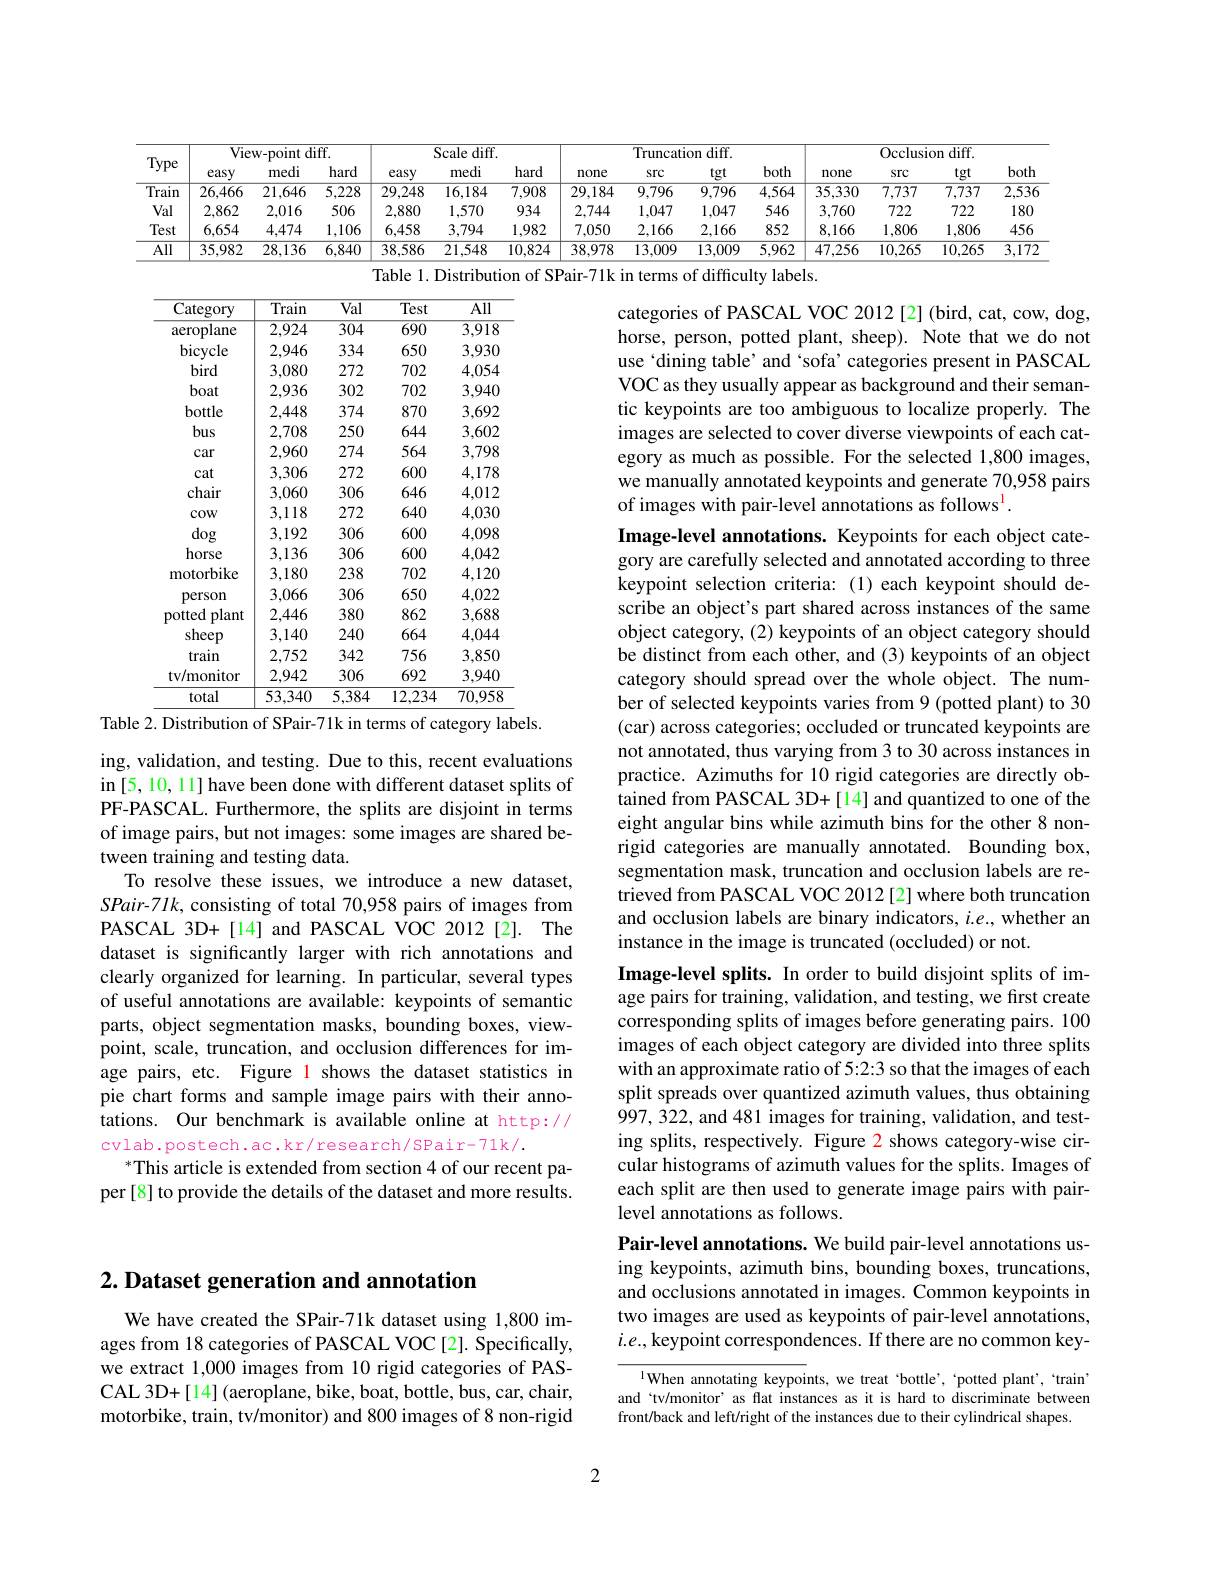
<table>
	<tbody>
		<tr>
			<th rowspan="2">Type</th>
			<th colspan="2">View-point diff</th>
			<th>${\mathrm{f.}}$</th>
			<th colspan="3">Scale diff</th>
			<th colspan="4">Truncation diff</th>
			<th colspan="4">Occlusion diff</th>
		</tr>
		<tr>
			<th>easy</th>
			<th>medi</th>
			<th>hard</th>
			<th>easy</th>
			<th>medi</th>
			<th>hard</th>
			<th>none</th>
			<th>src</th>
			<th>tgt</th>
			<th>both</th>
			<th>none</th>
			<th>src</th>
			<th>tgt</th>
			<th>both</th>
		</tr>
		<tr>
			<td>Train</td>
			<td>26,466</td>
			<td>21,646</td>
			<td>5,228</td>
			<td>29,248</td>
			<td>16,184</td>
			<td>7,908</td>
			<td>29,184</td>
			<td>9,796</td>
			<td>9,796</td>
			<td>4,564</td>
			<td>35,330</td>
			<td>7,737</td>
			<td>7,737</td>
			<td>2,536</td>
		</tr>
		<tr>
			<td>Val</td>
			<td>2,862</td>
			<td>2,016</td>
			<td>506</td>
			<td>2,880</td>
			<td>1,570</td>
			<td>934</td>
			<td>2,744</td>
			<td>1,047</td>
			<td>1,047</td>
			<td>546</td>
			<td>3,760</td>
			<td>722</td>
			<td>722</td>
			<td>180</td>
		</tr>
		<tr>
			<td>Test</td>
			<td>6,654</td>
			<td>4,474</td>
			<td>1,106</td>
			<td>6,458</td>
			<td>3,794</td>
			<td>1,982</td>
			<td>7,050</td>
			<td>2,166</td>
			<td>2,166</td>
			<td>852</td>
			<td>8,166</td>
			<td>1,806</td>
			<td>1,806</td>
			<td>456</td>
		</tr>
		<tr>
			<td>$\overline{AII}$</td>
			<td>35,982</td>
			<td>28,136</td>
			<td>6,840</td>
			<td>38,586</td>
			<td>21,548</td>
			<td>10,824</td>
			<td>38,978</td>
			<td>13,009</td>
			<td>13,009</td>
			<td>5,962</td>
			<td>47,256</td>
			<td>10,265</td>
			<td>10,265</td>
			<td>$\overline{3,172}$</td>
		</tr>
	</tbody>
</table>
Table 1. Distribution of SPair-71k in terms of difficulty labels.

<table>
	<tbody>
		<tr>
			<th>Category</th>
			<th>$\overline{\text{Train}}$</th>
			<th>$\overline{\mathrm{Val}}$</th>
			<th>$\overline{\text{Test}}$</th>
			<th>$\overline{\mathrm{All}}$</th>
		</tr>
		<tr>
			<td>aeroplane</td>
			<td>2,924</td>
			<td>$\overline{304}$</td>
			<td>690</td>
			<td>$\overline{3,918}$</td>
		</tr>
		<tr>
			<td>bicycle</td>
			<td>2,946</td>
			<td>334</td>
			<td>650</td>
			<td>3,930</td>
		</tr>
		<tr>
			<td>bird</td>
			<td>3,080</td>
			<td>272</td>
			<td>702</td>
			<td>4,054</td>
		</tr>
		<tr>
			<td>boat</td>
			<td>2,936</td>
			<td>302</td>
			<td>702</td>
			<td>3,940</td>
		</tr>
		<tr>
			<td>bottle</td>
			<td>2,448</td>
			<td>374</td>
			<td>870</td>
			<td>3,692</td>
		</tr>
		<tr>
			<td>bus</td>
			<td>2,708</td>
			<td>250</td>
			<td>644</td>
			<td>3,602</td>
		</tr>
		<tr>
			<td>car</td>
			<td>2,960</td>
			<td>274</td>
			<td>564</td>
			<td>3,798</td>
		</tr>
		<tr>
			<td>cat</td>
			<td>3,306</td>
			<td>272</td>
			<td>600</td>
			<td>4,178</td>
		</tr>
		<tr>
			<td>chair</td>
			<td>3,060</td>
			<td>306</td>
			<td>646</td>
			<td>4,012</td>
		</tr>
		<tr>
			<td>cow</td>
			<td>3,118</td>
			<td>272</td>
			<td>640</td>
			<td>4,030</td>
		</tr>
		<tr>
			<td>dog</td>
			<td>3,192</td>
			<td>306</td>
			<td>600</td>
			<td>4,098</td>
		</tr>
		<tr>
			<td>horse</td>
			<td>3,136</td>
			<td>306</td>
			<td>600</td>
			<td>4,042</td>
		</tr>
		<tr>
			<td>motorbike</td>
			<td>3,180</td>
			<td>238</td>
			<td>702</td>
			<td>4,120</td>
		</tr>
		<tr>
			<td>person</td>
			<td>3,066</td>
			<td>306</td>
			<td>650</td>
			<td>4,022</td>
		</tr>
		<tr>
			<td>potted plant</td>
			<td>2,446</td>
			<td>380</td>
			<td>862</td>
			<td>3,688</td>
		</tr>
		<tr>
			<td>sheep</td>
			<td>3,140</td>
			<td>240</td>
			<td>664</td>
			<td>4,044</td>
		</tr>
		<tr>
			<td>train</td>
			<td>2,752</td>
			<td>342</td>
			<td>756</td>
			<td>3,850</td>
		</tr>
		<tr>
			<td>tv/monitor</td>
			<td>2,942</td>
			<td>306</td>
			<td>692</td>
			<td>3,940</td>
		</tr>
		<tr>
			<td>total</td>
			<td>53,340</td>
			<td>5,384</td>
			<td>12,234</td>
			<td>70,958</td>
		</tr>
	</tbody>
</table>
Table 2. Distribution of SPair-71k in terms of category labels.

categories of PASCAL VOC 2012 [2] (bird, cat, cow, dog, horse, person, potted plant, sheep). Note that we do not use‘dining table’ and‘sofa’categories present in PASCAL VOC as they usually appear as background and their semantic keypoints are too ambiguous to localize properly. The images are selected to cover diverse viewpoints of each category as much as possible. For the selected 1,800 images, we manually annotated keypoints and generate 70,958 pairs of images with pair-level annotations as follows$^{\mathrm{l}}.$
Image-level annotations. Keypoints for each object category are carefully selected and annotated according to three keypoint selection criteria: (1) each keypoint should describe an object's part shared across instances of the same object category, (2) keypoints of an object category should be distinct from each other, and (3) keypoints of an object category should spread over the whole object. The number of selected keypoints varies from 9 (potted plant) to 30 (car) across categories; occluded or truncated keypoints are not annotated, thus varying from 3 to 30 across instances in practice. Azimuths for 10 rigid categories are directly obtained from PASCAL 3D+[14] and quantized to one of the eight angular bins while azimuth bins for the other 8 nonrigid categories are manually annotated. Bounding box, segmentation mask, truncation and occlusion labels are retrieved from PASCAL VOC 2012 [2] where both truncation and occlusion labels are binary indicators, $i.e.$, whether an instance in the image is truncated (occluded) or not.
Image-level splits. In order to build disjoint splits of image pairs for training, validation, and testing, we first create corresponding splits of images before generating pairs. 100 images of each object category are divided into three splits with an approximate ratio of 5:2:3 so that the images of each split spreads over quantized azimuth values, thus obtaining 997, 322, and 481 images for training, validation, and testing splits, respectively. Figure 2 shows category-wise circular histograms of azimuth values for the splits. Images of each split are then used to generate image pairs with pairlevel annotations as follows.
Pair-level annotations. We build pair-level annotations using keypoints, azimuth bins, bounding boxes, truncations, and occlusions annotated in images. Common keypoints in two images are used as keypoints of pair-level annotations, $i.e.$, keypoint correspondences. If there are no common key-

ing, validation, and testing. Due to this, recent evaluations in [5,10,11] have been done with different dataset splits of PF-PASCAL. Furthermore, the splits are disjoint in terms of image pairs, but not images: some images are shared between training and testing data.
To resolve these issues, we introduce a new dataset, SPair-71k, consisting of total 70,958 pairs of images from PASCAL 3D+[14] and PASCAL VOC 2012[2]. The dataset is significantly larger with rich annotations and clearly organized for learning. In particular, several types of useful annotations are available: keypoints of semantic parts, object segmentation masks, bounding boxes, viewpoint, scale, truncation, and occlusion differences for image pairs, etc. Figure l shows the dataset statistics in pie chart forms and sample image pairs with their annotations. Our benchmark is available online at http:// cvlab.postech.ac.kr/research/SPair-71k/.

$^*$This article is extended from section 4 of our recent paper[8] to provide the details of the dataset and more results.

# 2. Dataset generation and annotation

We have created the SPair-71k dataset using 1,800 images from 18 categories of PASCAL VOC [2]. Specifically, we extract 1,000 images from 10 rigid categories of PASCAL 3D+ [ 14] ( aeroplane, bike, boat, bottle, bus, car, chair, motorbike, train, tv/monitor) and 800 images of 8 non-rigid

$^{\text{l}}$When annotating keypoints, we treat 'bottle',`potted plant',`train' and `tv/monitor' as flat instances as it is hard to discriminate between front/back and left/right of the instances due to their cylindrical shapes.

2